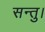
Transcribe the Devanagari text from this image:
सन्तु।